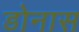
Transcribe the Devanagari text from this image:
डोनास